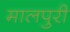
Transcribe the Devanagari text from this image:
मालपुरी